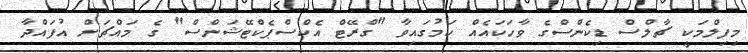
މިފިލްމަކީ ޗާލްސް ޑިކެންސްގެ ވާހަކައެއް ކަމުގައިވާ "ގްރޭޓް އެކްސްޕެކްޓޭޝަންސް" ގެ މައްޗަށް އުފައްދާ